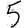
Digit: 5